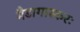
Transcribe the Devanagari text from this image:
मैडागास्करः